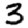
Digit: 3